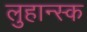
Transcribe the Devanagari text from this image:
लुहान्स्क